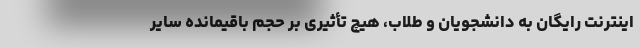
اینترنت رایگان به دانشجویان و طلاب، هیچ تأثیری بر حجم باقیمانده سایر